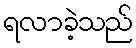
ရလာခဲ့သည်